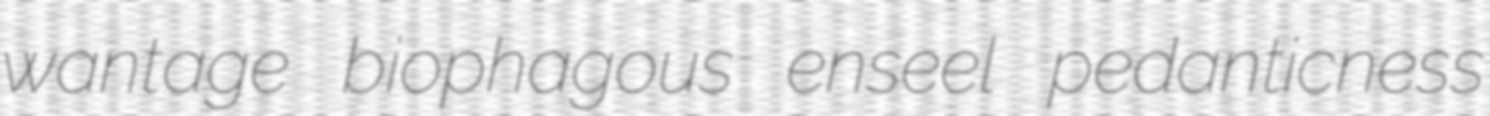
wantage biophagous enseel pedanticness